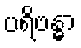
ပရိဗန္ဓာ